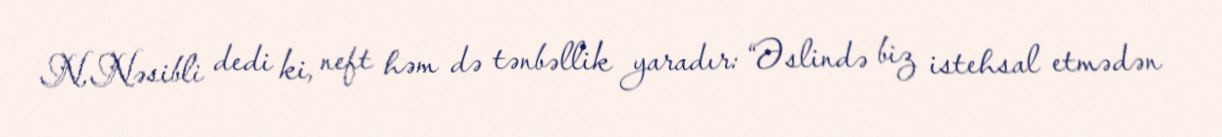
N.Nəsibli dedi ki, neft həm də tənbəllik yaradır: “Əslində biz istehsal etmədən